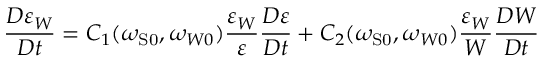
\frac { D \varepsilon _ { W } } { D t } = C _ { 1 } ( \omega _ { \mathrm { { S } 0 } } , \omega _ { W 0 } ) \frac { \varepsilon _ { W } } { \varepsilon } \frac { D \varepsilon } { D t } + C _ { 2 } ( \omega _ { \mathrm { { S } 0 } } , \omega _ { W 0 } ) \frac { \varepsilon _ { W } } { W } \frac { D W } { D t }